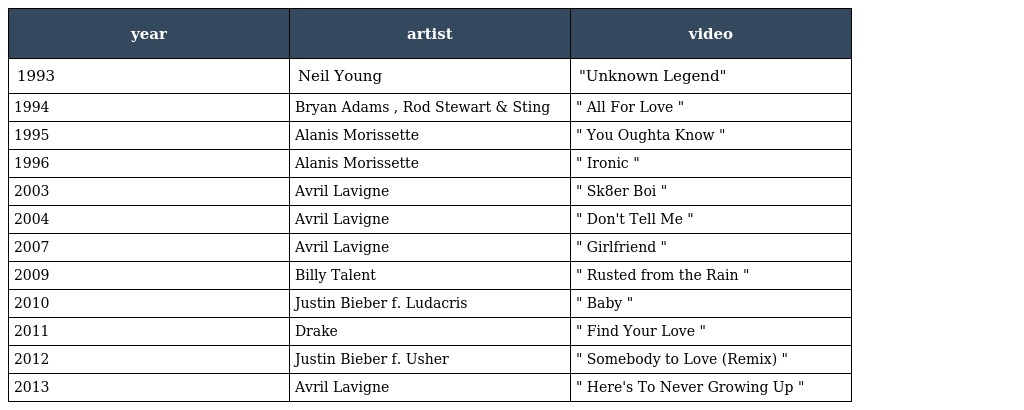
| year | artist | video |
 | --- | --- | --- |
 | 1993 | Neil Young | "Unknown Legend" |
 | 1994 | Bryan Adams , Rod Stewart & Sting | " All For Love " |
 | 1995 | Alanis Morissette | " You Oughta Know " |
 | 1996 | Alanis Morissette | " Ironic " |
 | 2003 | Avril Lavigne | " Sk8er Boi " |
 | 2004 | Avril Lavigne | " Don't Tell Me " |
 | 2007 | Avril Lavigne | " Girlfriend " |
 | 2009 | Billy Talent | " Rusted from the Rain " |
 | 2010 | Justin Bieber f. Ludacris | " Baby " |
 | 2011 | Drake | " Find Your Love " |
 | 2012 | Justin Bieber f. Usher | " Somebody to Love (Remix) " |
 | 2013 | Avril Lavigne | " Here's To Never Growing Up " |